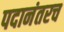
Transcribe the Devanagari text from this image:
पदानंतरच